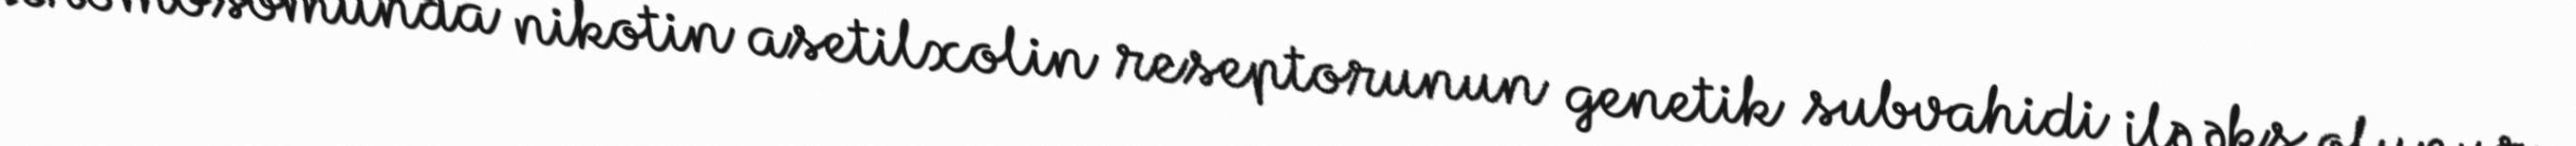
xromosomunda nikotin asetilxolin reseptorunun genetik subvahidi ilə əks olunur.